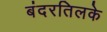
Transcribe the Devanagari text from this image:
बंदरतिलके